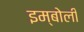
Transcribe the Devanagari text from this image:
इम्बोली